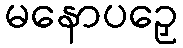
မနောပဉှေ